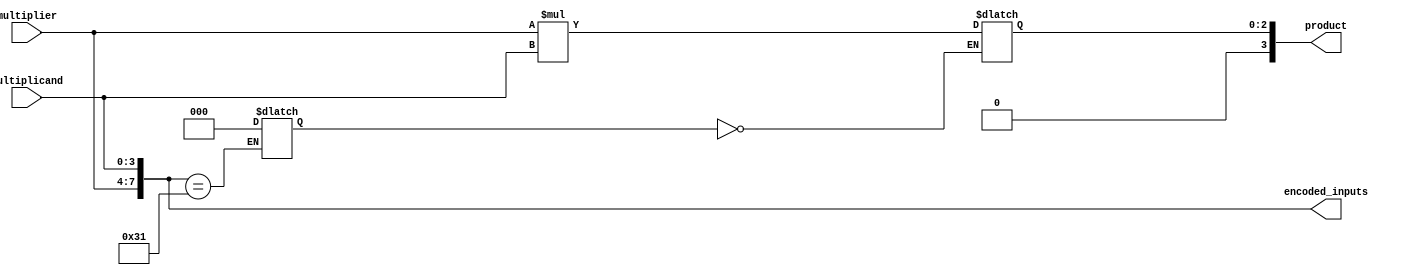
module booth_multiplier(
    input [3:0] multiplier,
    input [3:0] multiplicand,
    output reg [7:0] encoded_inputs,
    output reg [3:0] product
);

// Booth Encoder
always @(*) begin
    encoded_inputs = {multiplier, multiplicand};
end

// Booth Control Unit
reg [2:0] control;
always @(*) begin
    case(encoded_inputs)
        8'b00110001: control = 3'b000; // case for 000
        // Add more cases as needed depending on the multiplier/multiplicand values
    endcase
end

// Partial Product Generator
reg [2:0] partial_product;
always @(*) begin
    case(control)
        3'b000: partial_product = multiplier * multiplicand; // Simple multiplication for partial product
        // Add more cases as needed depending on the control unit outputs
    endcase
end

// Accumulator
reg [3:0] accumulator;
always @(*) begin
    accumulator = partial_product; // Simple assignment for accumulator
end

// Final Product
always @(*) begin
    product = accumulator; // Assign accumulator value to product output
end

endmodule